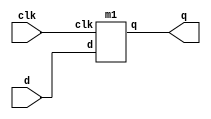
// DESCRIPTION: Verilator: Verilog Test module
//
// This file ONLY is placed into the Public Domain, for any use,
// without warranty, 2008 by Wilson Snyder.

module t (/*AUTOARG*/
   // Outputs
   q,
   // Inputs
   clk, d
   );
   input clk;
   input d;
   output wire [1:0] q;

   // This demonstrates how warning disables should be propagated across module boundaries.

   m1 m1 (/*AUTOINST*/
	  // Outputs
	  .q				(q[1:0]),
	  // Inputs
	  .clk				(clk),
	  .d				(d));
endmodule

module m1
  (
   input clk,
   input d,
   output wire [1:0] q
   );
   
   m2 m2 (/*AUTOINST*/
	  // Outputs
	  .q				(q[1:0]),
	  // Inputs
	  .clk				(clk),
	  .d				(d));
endmodule

module m2
  (
   input clk,
   input d,
   // Due to bug the below disable used to be ignored.
   // verilator lint_off UNOPT
   output reg [1:0] q
   // verilator lint_on UNOPT
   );
   
   always @* begin
      q[1] = d;
   end

   always @* begin
      q[0] = q[1];
   end

endmodule